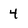
Character: 4